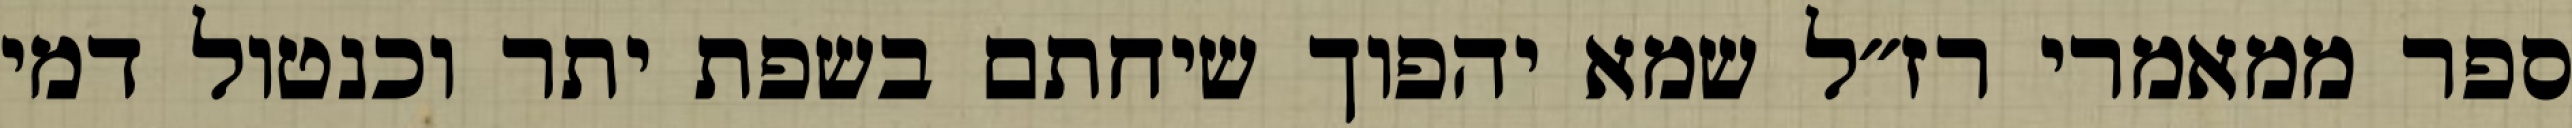
ספר ממאמרי רז״ל שמא יהפוך שיחתם בשפת יתר וכנטול דמי